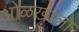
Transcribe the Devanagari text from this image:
ओळखाला